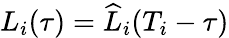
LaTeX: L_{i}(\tau)=\widehat{L}_{i}(T_{i}-\tau)